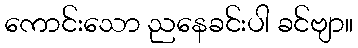
ကောင်းသော ညနေခင်းပါ ခင်ဗျာ။